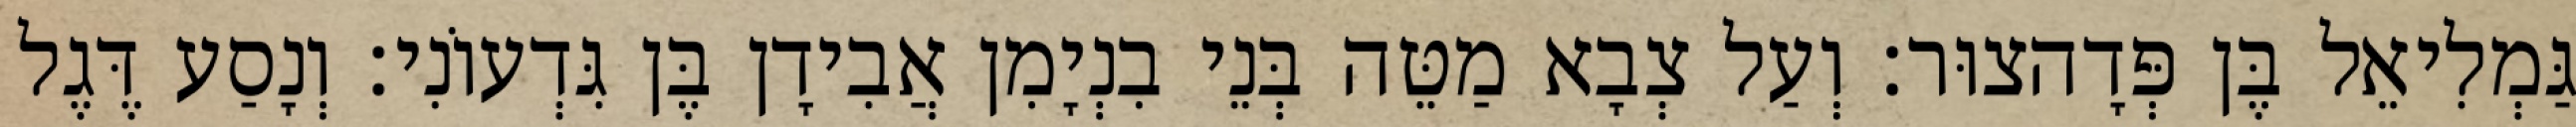
גַּמְלִיאֵל בֶּן פְּדָהצוּר׃ וְעַל צְבָא מַטֵּה בְּנֵי בִנְיָמִן אֲבִידָן בֶּן גִּדְעוֹנִי׃ וְנָסַע דֶּגֶל